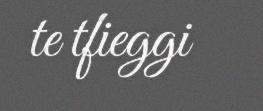
te tfieggi